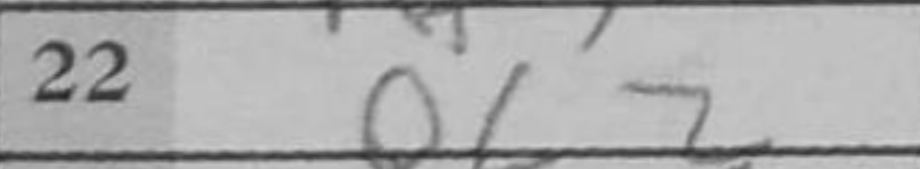
Transcription: Qf2